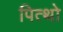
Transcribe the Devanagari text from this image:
पित्थो